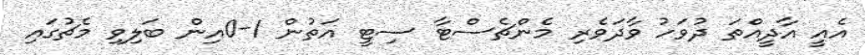
އެއީ އާދީއްތަ ދުވަހު ވާދަވެރި މެންޗެސްޓާ ސިޓީ އަތުން 1-0އިން ބަލިވި މެޗުގައި